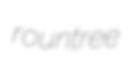
rountree